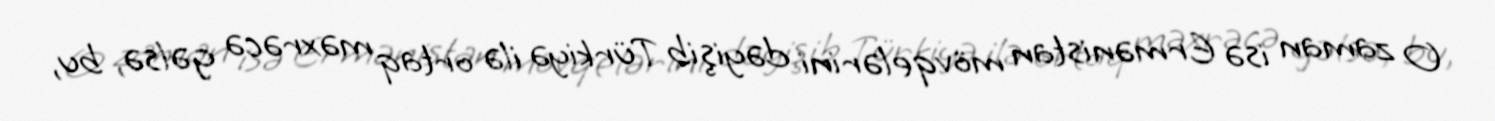
O zaman isə Ermənistan mövqelərini dəyişib Türkiyə ilə ortaq məxrəcə gəlsə, bu,